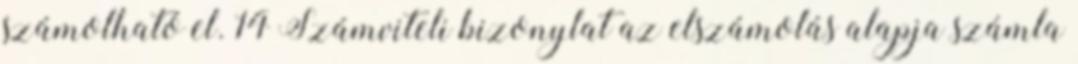
számolható el. 14 Számviteli bizonylat az elszámolás alapja számla